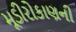
મૂડીરોકાણની